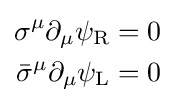
{\begin{aligned}\sigma ^{\mu }\partial _{\mu }\psi _{\rm {R}}&=0\\{\bar {\sigma }}^{\mu }\partial _{\mu }\psi _{\rm {L}}&=0\end{aligned}}